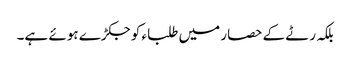
بلکہ رٹے کے حصار میں طلباء کو جکڑے ہوئے ہے۔